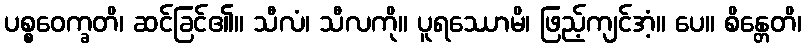
ပစ္စဝေက္ခတိ၊ ဆင်ခြင်၏။ သီလံ၊ သီလကို။ ပူရဿောမိ၊ ဖြည့်ကျင်အံ့။ ပေ။ စိန္တေတိ၊